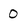
Character: 0